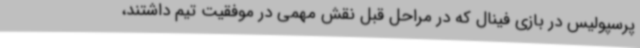
پرسپولیس در بازی فینال که در مراحل قبل نقش مهمی در موفقیت تیم داشتند،